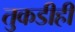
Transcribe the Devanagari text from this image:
तुकडीही